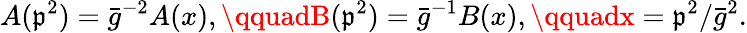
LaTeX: A(\mathfrak{p}^{2})=\bar{{g}}^{-2}A(x),\qquadB(\mathfrak{p}^{2})=\bar{{g}}^{-1}B(x),\qquadx=\mathfrak{p}^{2}/{\bar{{g}}^{2}}.